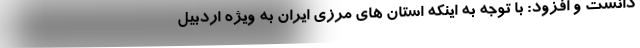
دانست و افزود: با توجه به اینکه استان های مرزی ایران به ویژه اردبیل